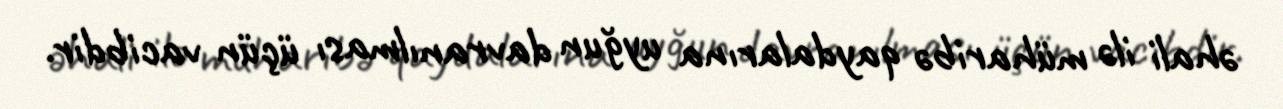
əhali ilə müharibə qaydalarına uyğun davranılması üçün vacibdir.